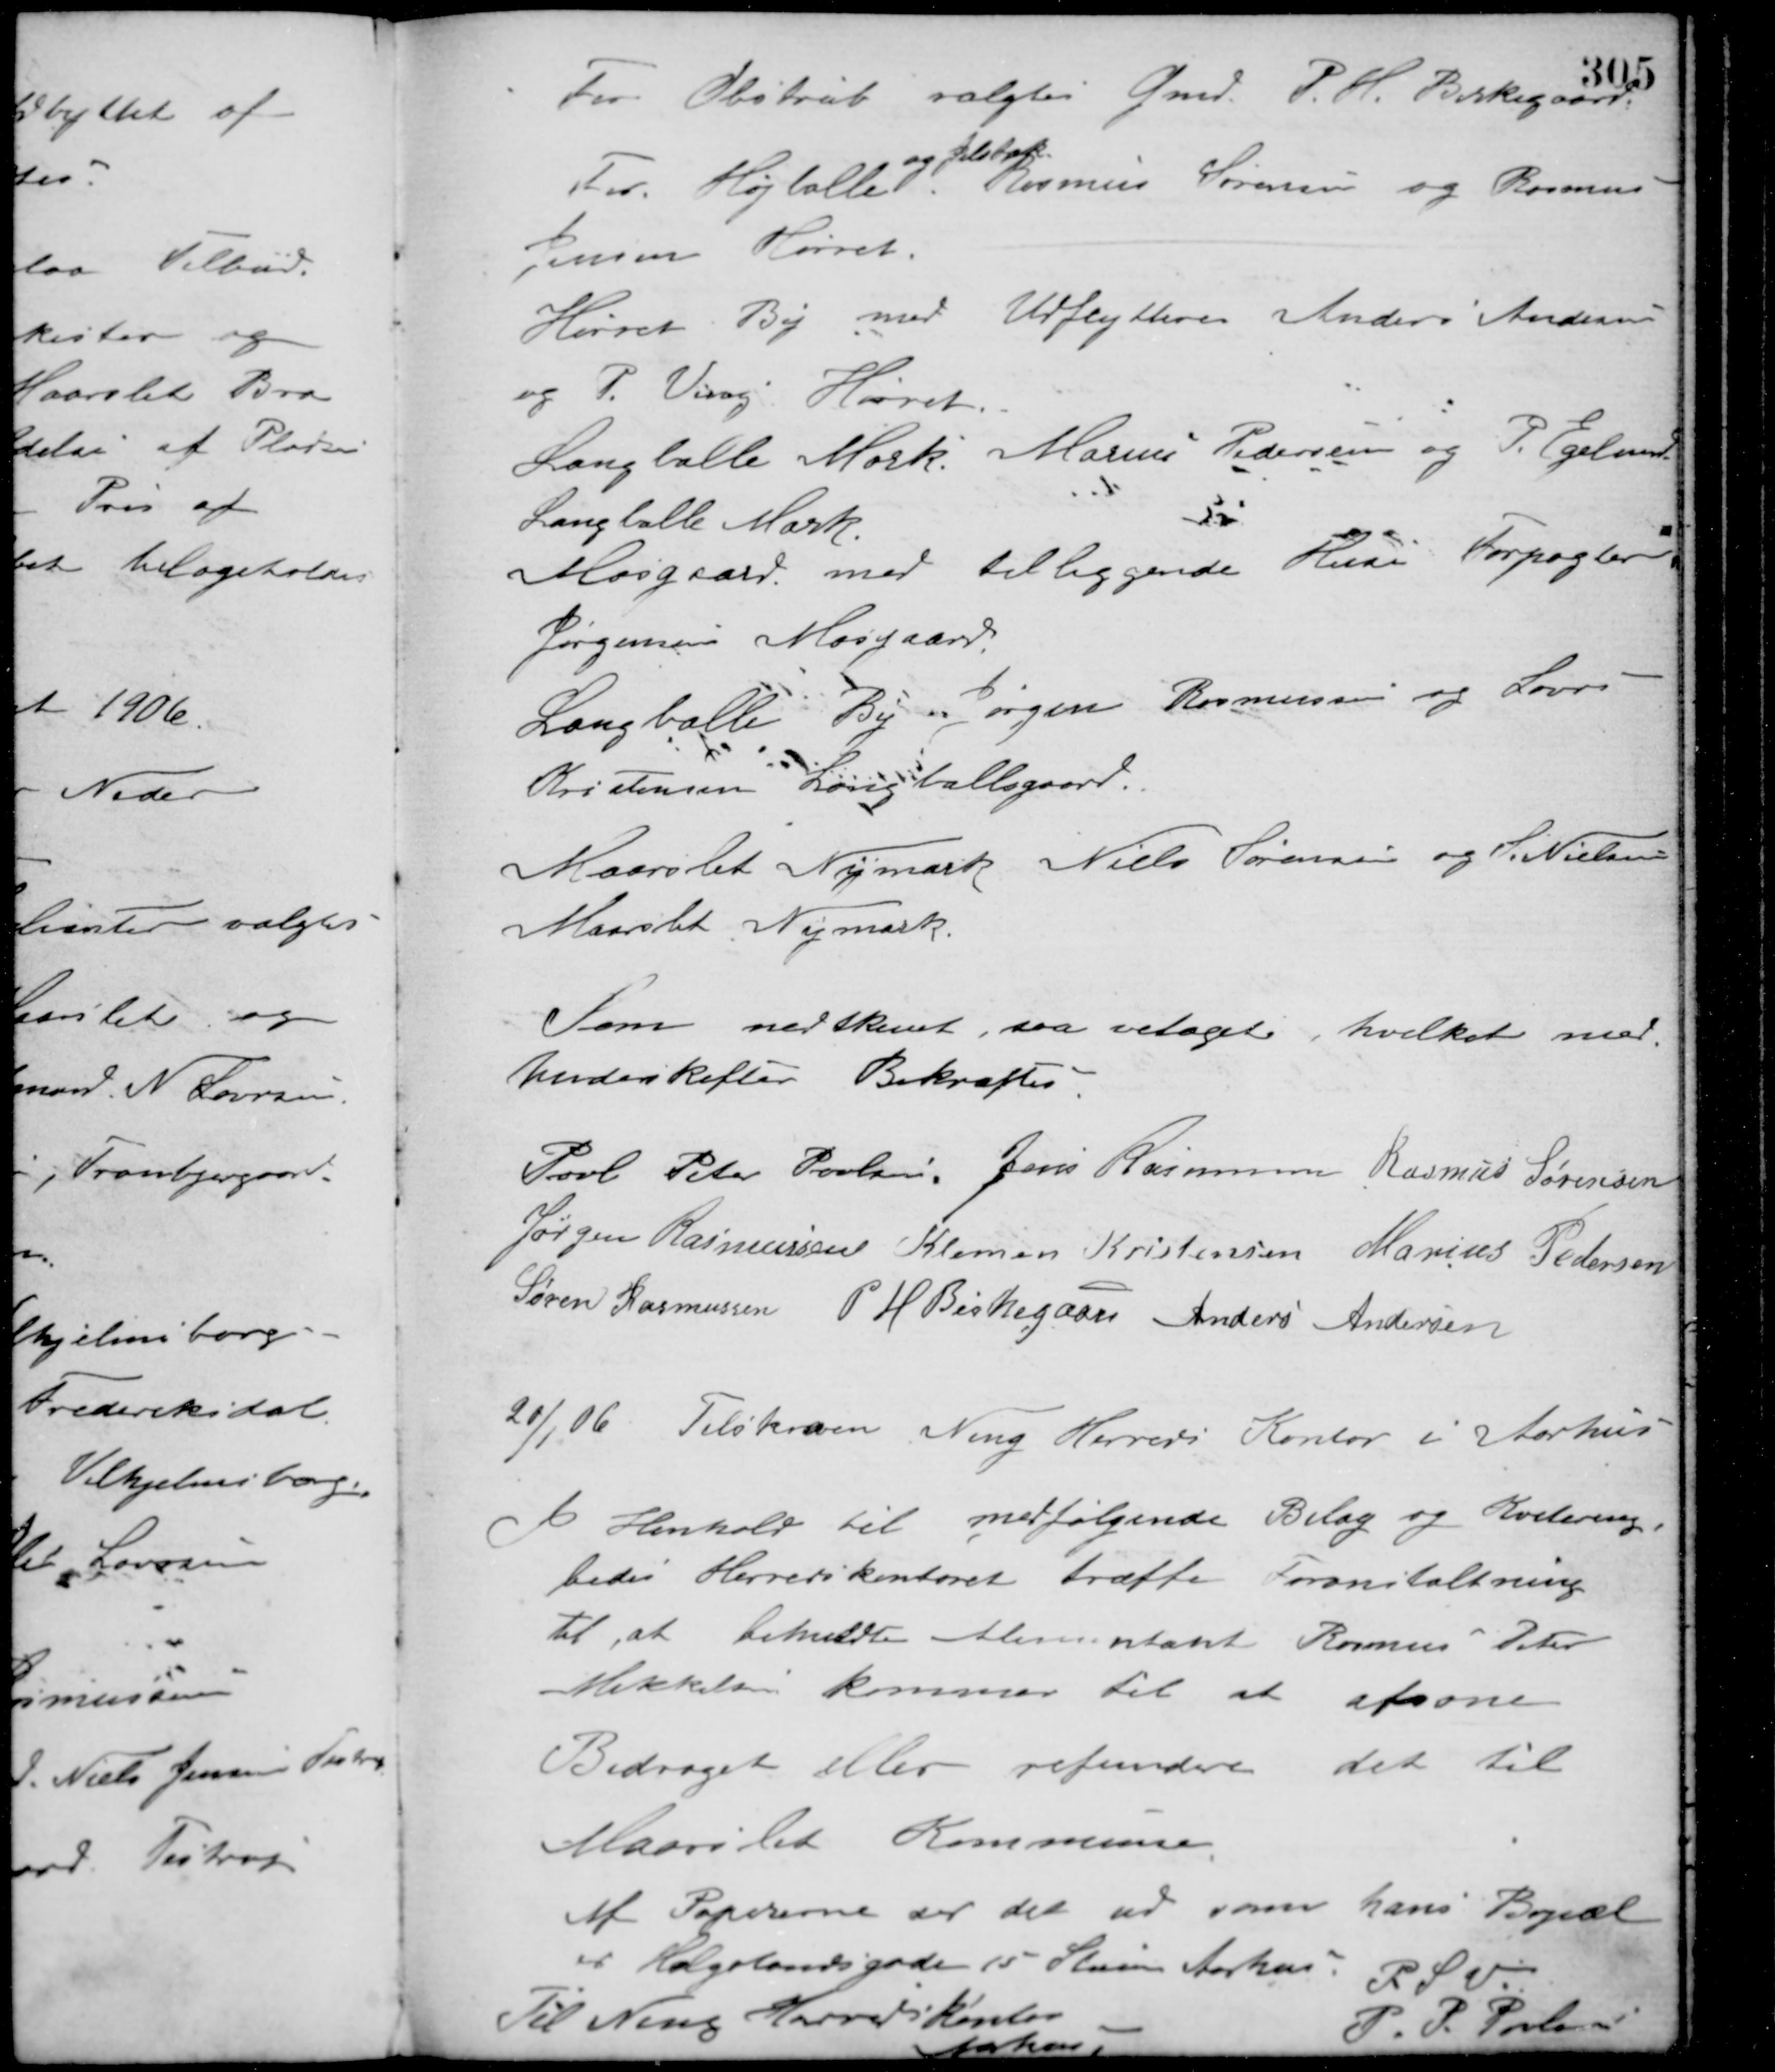
Transskription:
For Obstrup valgtes Gmd. P. H. Birkegaard
For Højballe
og Jelsbak
Rasmus Sørensen og Rasmus
Jensen Hørret.
Hørret. By med Udflytteren Anders Andersen
og P. Veng Hørret.
Langballe Mark Marius Pedersen og P. Egelund
Langballe Mark.
Mosgaard med tilliggende Huse Forpagter
Jørgensen Moesgaard
Langballe By Jørgen Rasmussen og Lars
Kristensen Langballegaard.
Maarslet Nymark Niels Sørensen og S. Nielsen
Maarslet Nymark.
Som nedskrevet, saa vedtaget, hvilket med
Underskifter Bekræftes.
Poul Peter Poulsen Jens Rasmussen Rasmus Sørensen
Jørgen Rasmussen Klemen Kristensen Marius Pedersen
Søren Rasmussen P. H. Birkegaard Anders Andersen
20/1 06. Tilskreven, Ning Herreds Kontor i Aarhus.
I Henhold til medfølgende Bilag og Kvitering
bedes Herredskontoret træffe Foranstaltning
til, at bemeldte Alimentant Rasmus Peter
Mikkelsen kommer til at afsone
Bidraget eller refundere det til
Maarslet Kommune.
Af Papirerne ser det ud som hans Bopæl
er Helgolandsgade 15 Stuen Aarhus.
P. S. V.
P. P. Poulsen
Til Ning
Herredskontor
Aarhus